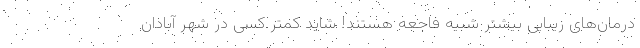
درمان‌های زیبایی بیشتر شبیه فاجعه هستند! شاید کمتر کسی در شهر آبادان